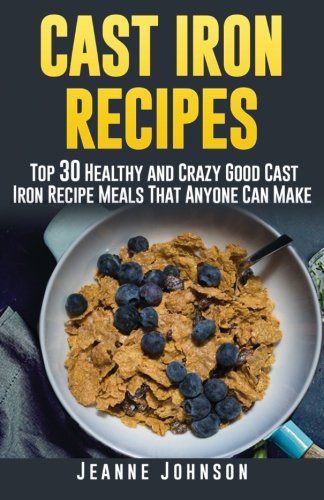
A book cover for Cast Iron Recipes: Top 30 Healthy and Crazy Good Cast Iron Recipe Meals That Anyone Can Make; Jeanne K. Johnson; Cookbooks, Food & Wine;